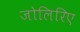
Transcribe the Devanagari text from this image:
जोलिरिए